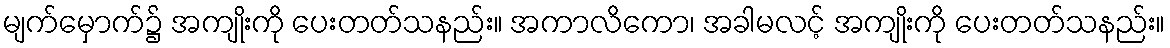
မျက်မှောက်၌ အကျိုးကို ပေးတတ်သနည်း။ အကာလိကော၊ အခါမလင့် အကျိုးကို ပေးတတ်သနည်း။